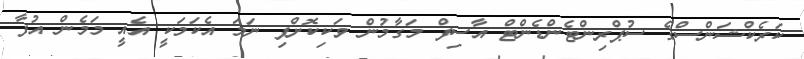
ކަރެކްޝަންސްގެ ސުޕްރިންޓެންޑެންޓް އާސިފް މަގާމުން ވަކިކޮށްފި ނަމަ އެކަމަކީ އެއީ މަމެން އުފާ